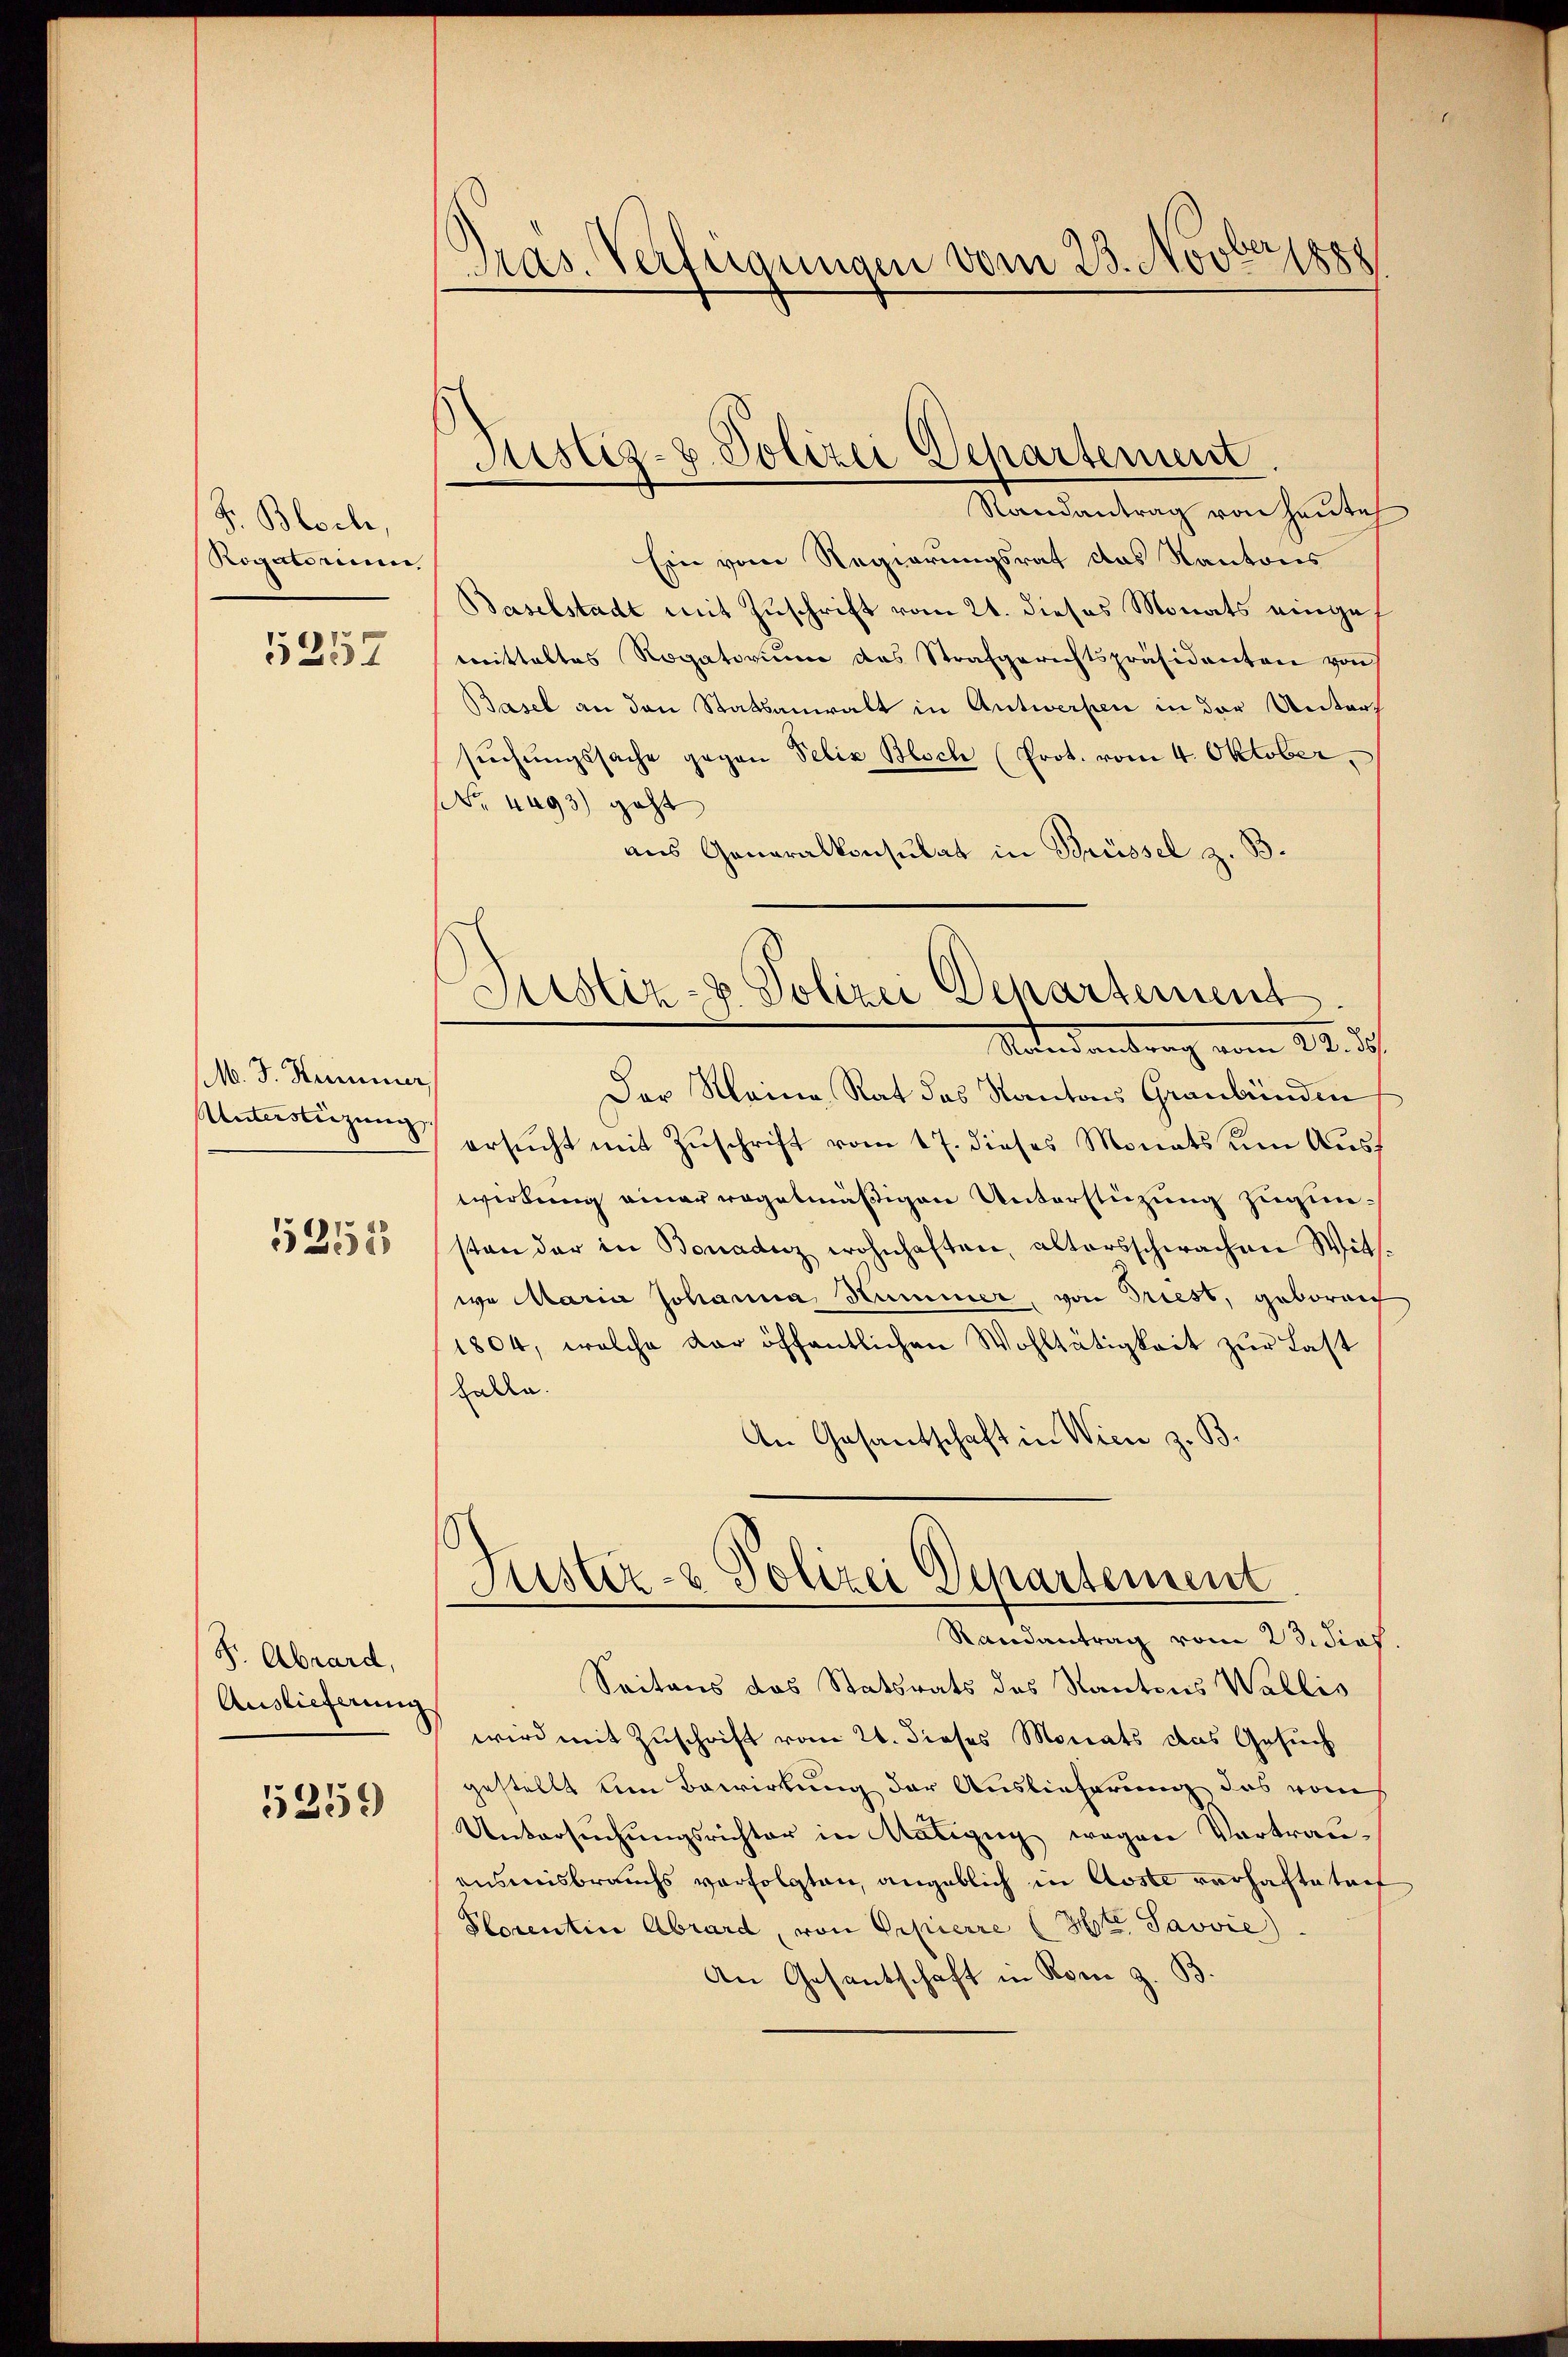
S. Bloch,
Rogatorium,
5257

M. J. Heimer
Wintersteigung, |
5355

F. Abrard,
Auslieferung

5259

Pras. Verfügungen vom 23. Novber 188

Justiz- & Polizei Departement

Randantrag von Heute
Ein vom Regierungsrat das Kantons
Baselstadt mit Zuschrift vom 21. dieses Monats eingemittaltes Rogatoriŭm des Strafgerichtspräsidenten von
Basel an den Stattsanwalt in Antwerfen in der Unters
sŭchŭngssache gegen Selix Bloch (Prot. vom 4. Oktober.
No. 4493) geht
aus Generalkonsulat in Brüssel z. B.
Der Meine Rat das Kantons Graubünden
ersucht mit Zuschrift vom 17. dieses Monats um Ausf
wirkung einer regelmäßigen Unterstützung zugunsten der in Bonaanz wohnhaften, altersschwachen Witwo Maria Johanna Hummer, von Triest, geboren
1804, welche der öffentlichen Wohltätigkeit zŭr Last
halle.
An Gesandtschaft in Wien z. B.
Fuster- & Polizei Departement
Randantrag vom 23. dies
Seitens das Statsrats des Kantons Wallis
wird mit Zuschrift vom 21. dieses Monats das Gesuch
gestellt um Bewirkung der Auslieferung das vom
Untersŭchŭngsrichter in Atalieng wegen Vortrauansmisbrauchs verfolgten, angeblich in Abste vorhaftetent
Plorentine Abrard, von Papierre (Ste Savvie).
An Gesantschaft in Rom z. B.

Justiz- u. Polizei Departement
Mandantrag vom 21. des